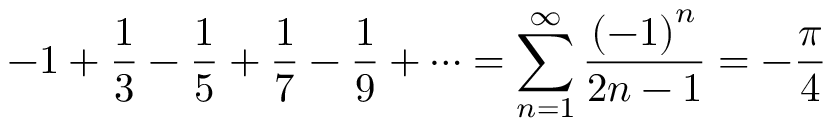
- 1 + { \frac { 1 } { 3 } } - { \frac { 1 } { 5 } } + { \frac { 1 } { 7 } } - { \frac { 1 } { 9 } } + \cdots = \sum _ { n = 1 } ^ { \infty } { \frac { \left( - 1 \right) ^ { n } } { 2 n - 1 } } = - { \frac { \pi } { 4 } }